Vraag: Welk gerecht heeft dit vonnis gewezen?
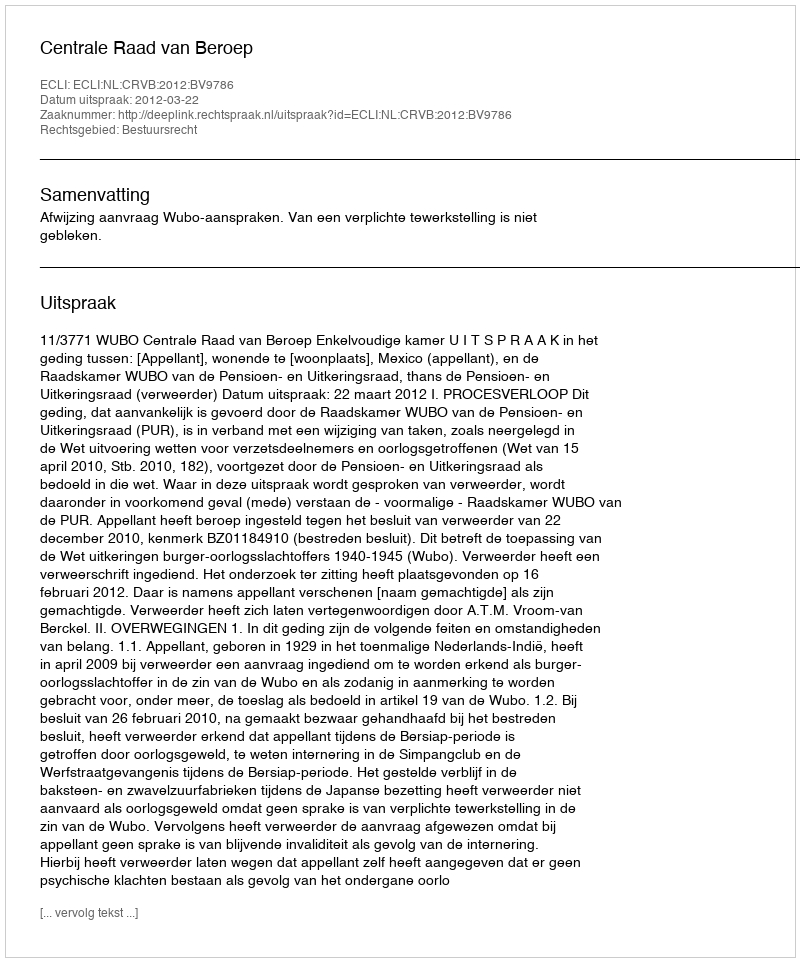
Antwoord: Centrale Raad van Beroep